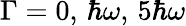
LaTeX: \Gamma=0,\, \hbar\omega,\, 5\hbar\omega